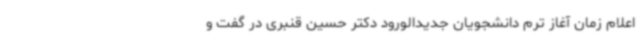
اعلام زمان آغاز ترم دانشجویان جدیدالورود دکتر حسین قنبری در گفت و